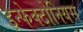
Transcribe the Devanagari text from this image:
इन्फेक्टोनियस